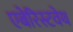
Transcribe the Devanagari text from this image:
एबेरिस्टवेथ